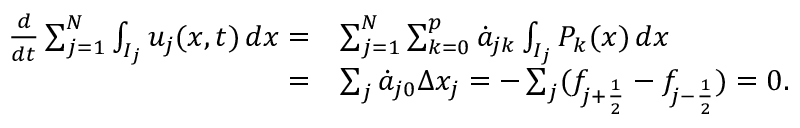
\begin{array} { r l } { \frac { d } { d t } \sum _ { j = 1 } ^ { N } \int _ { I _ { j } } u _ { j } ( x , t ) \mathop { d x } = } & { \sum _ { j = 1 } ^ { N } \sum _ { k = 0 } ^ { p } \dot { a } _ { j k } \int _ { I _ { j } } P _ { k } ( x ) \mathop { d x } } \\ { = } & { \sum _ { j } \dot { a } _ { j 0 } \Delta x _ { j } = - \sum _ { j } ( f _ { j + \frac { 1 } { 2 } } - f _ { j - \frac { 1 } { 2 } } ) = 0 . } \end{array}